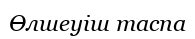
Өлшеуіш таспа